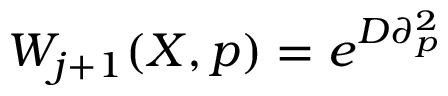
W _ { j + 1 } ( X , p ) = e ^ { D \partial _ { p } ^ { 2 } }